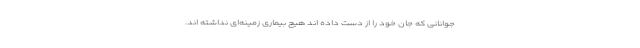
جوانانی که جان خود را از دست داده اند هیچ بیماری زمینه‌ای نداشته اند.